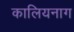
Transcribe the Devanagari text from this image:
कालियनाग